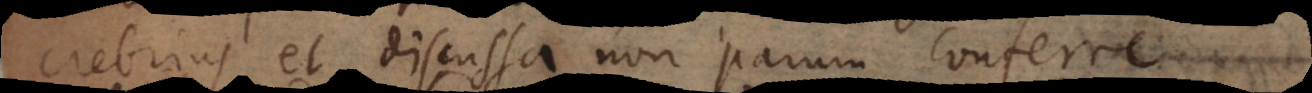
crebrius et discussa non parum conferre